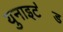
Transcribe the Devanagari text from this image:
युनाइट॓ड